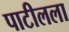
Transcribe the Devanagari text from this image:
पाटीलला